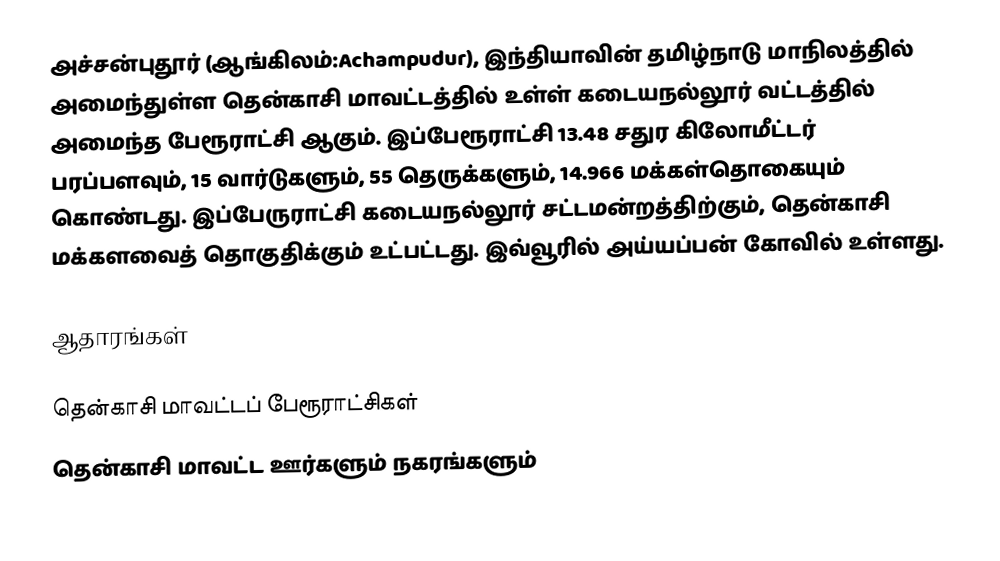
அச்சன்புதூர் (ஆங்கிலம்:Achampudur), இந்தியாவின் தமிழ்நாடு மாநிலத்தில் அமைந்துள்ள தென்காசி மாவட்டத்தில் உள்ள் கடையநல்லூர் வட்டத்தில் அமைந்த  பேரூராட்சி ஆகும். இப்பேரூராட்சி 13.48 சதுர கிலோமீட்டர் பரப்பளவும், 15 வார்டுகளும், 55 தெருக்களும், 14.966 மக்கள்தொகையும் கொண்டது. இப்பேருராட்சி கடையநல்லூர் சட்டமன்றத்திற்கும், தென்காசி மக்களவைத் தொகுதிக்கும் உட்பட்டது. இவ்வூரில் அய்யப்பன் கோவில் உள்ளது.

ஆதாரங்கள்

தென்காசி மாவட்டப் பேரூராட்சிகள்
தென்காசி மாவட்ட ஊர்களும் நகரங்களும்